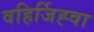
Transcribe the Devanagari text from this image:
वहिर्जिह्वा